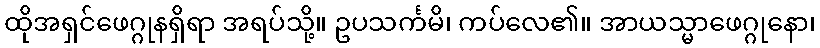
ထိုအရှင်ဖေဂ္ဂုနရှိရာ အရပ်သို့။ ဥပသင်္ကမိ၊ ကပ်လေ၏။ အာယသ္မာဖေဂ္ဂုနော၊